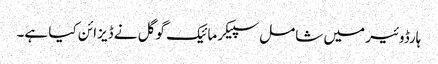
ہارڈوئیر میں شامل سپیکر مائیک گوگل نے ڈیزائن کیا ہے۔